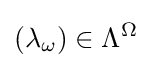
(\lambda _{\omega })\in \Lambda ^{\Omega }